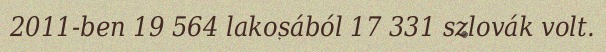
2011-ben 19 564 lakosából 17 331 szlovák volt.